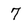
Character: 7